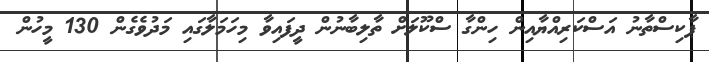
ޕާކިސްތާނު އަސްކަރިއްޔާއިން ހިންގާ ސްކޫލަށް ތާލިބާނުން ދީފައިވާ މިހަަމަލާގައި މަދުވެގެން 130 މީހުން